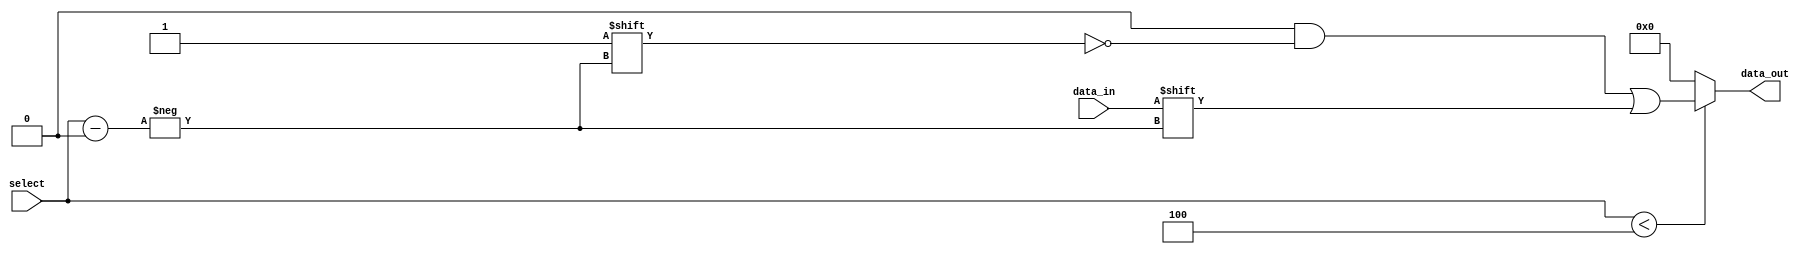
module ParameterizedDemux #(
    parameter N = 4  // Number of output lines (default: 4)
) (
    input wire data_in,                // Input data signal
    input wire [$clog2(N)-1:0] select, // Select signal
    output reg [N-1:0] data_out        // Output data signals
);

    // Always block that triggers on changes to data_in or select
    always @(*) begin
        // Default all outputs to low
        data_out = {N{1'b0}};
        
        // Check if select is within valid range
        if (select < N) begin
            // Route data_in to the selected output
            data_out[select] = data_in;
        end
    end
endmodule